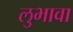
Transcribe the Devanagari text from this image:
लुभावा